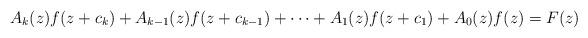
LaTeX: \begin{align*}A_{k}(z)f(z+c_{k})+A_{k-1}(z)f(z+c_{k-1})+\cdots+A_{1}(z)f(z+c_{1})+A_{0}(z)f(z)=F(z) \end{align*}